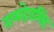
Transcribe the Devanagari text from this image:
रामदेवसिंह